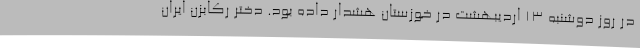
در روز دوشنبه ۱۳ اردیبهشت در خوزستان هشدار داده بود. دختر رکابزن ایران